Burma Government Medical School reports 1923-41
Year: 1923
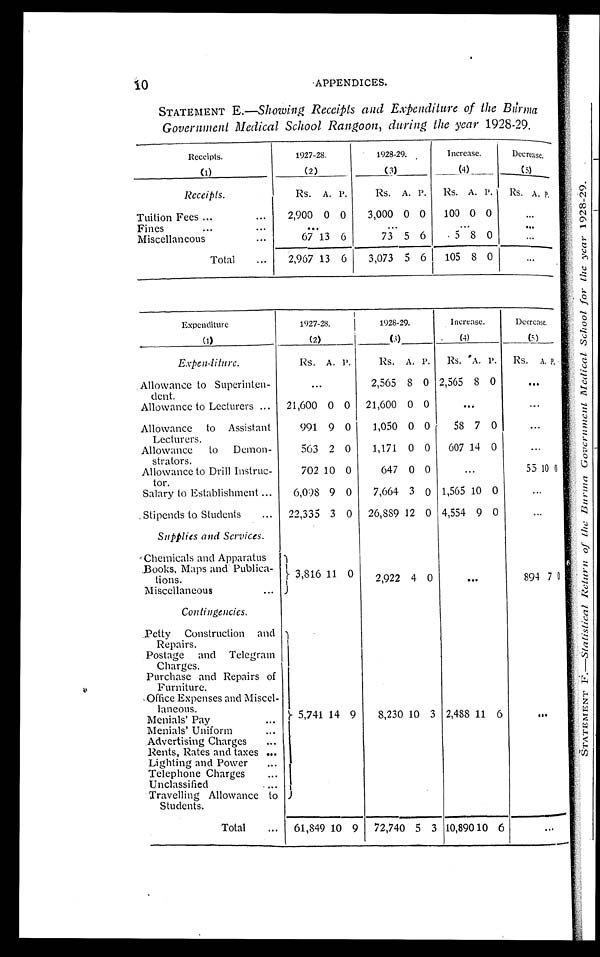
10
APPENDICES.
STATEMENT E .—Showing Receipts and Expenditure of the Burma
Government Medical School Rangoon, during the year 1928-29.
Receipts.
(1)
1927-28.
(2)
1928-29.
(3)
Increase.
(4)
Decrease.
(5)
Receipts.
Rs. A. P.
Rs. A. P. Rs. A. P.
Rs. A. P.
Tuition Fees ...
...
2,900 0 0
3,000 0 0
100 0 0
. . .
Fines
...
... ... ... ... ...
Miscellaneous
...
6 7 1 3
6
73 5 6
5 8 0
...
Total
...
2,967 13 6
3,073 5 6
105 8 0
...
Expenditure
(1)
1927-28.
(2)
1928-29.
(3)
Increase.
(4)
Decrease.
(5)
Expenditure.
Rs. A. P.
Rs. A. P.
Rs. A. P.
Rs. A. P.
Allowance to Superinten-
dent.
...
2,565 8 0 2,565 8 0
...
Allowance to Lecturers ...
21,600 0 0
21,600 0 0
...
...
Allowance to Assistant
Lecturers.
991 9 0
1,050 0 0
58 7 0
...
Allowance
to Demon-
strators.
563 2 0
1,171 0 0
607 14 0
...
Allowance to Drill Instruc-
tor.
702 10 0
647 0 0
...
55 10 0
Salary to Establishment ...
6,098 9 0
7,664 3 0 1,565 10 0
...
Stipends to Students
...
22,335 3 0
26,889 12 0 4,554 9 0
...
Supplies and Services.
Chemicals and Apparatus
Books, Maps and Publica-
tions.
3 , 8 1 6 1 1 0
2,922 4 0
...
894 7 0
Miscellaneous
...
Contingencies.
Petty Construction and
Repairs.
5,741 14 9
8,230 10 3 2,488 11 6
...
Postage and Telegram
Charges.
Purchase and Repairs of
Furniture.
Office Expenses and Miscel-
laneous.
Menials' Pay
...
Menials' Uniform
...
Advertising Charges
...
Rents, Rates and taxes ...
Lighting and Power
...
Telephone Charges
...
Unclassified
...
Travelling Allowance to
Students.
Total
...
61,849 10 9
72,740 5 3 10,890 10 6
...